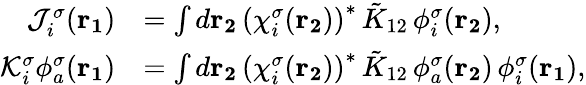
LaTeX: \begin{array}{rl}{\mathcal{J}_{i}^{\sigma}(\mathbf{r_{1}})}&{=\int d\mathbf{r_{2}}\, \left(\chi_{i}^{\sigma}(\mathbf{r_{2}})\right)^{*}\, \tilde{K}_{12}\, \phi_{i}^{\sigma}(\mathbf{r_{2}})\mathrm{,}}\\ {\mathcal{K}_{i}^{\sigma}\phi_{a}^{\sigma}(\mathbf{r_{1}})}&{=\int d\mathbf{r_{2}}\, \left(\chi_{i}^{\sigma}(\mathbf{r_{2}})\right)^{*}\, \tilde{K}_{12}\, \phi_{a}^{\sigma}(\mathbf{r_{2}})\, \phi_{i}^{\sigma}(\mathbf{r_{1}})\mathrm{,}}\end{array}